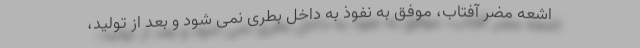
اشعه مضر آفتاب، موفق به نفوذ به داخل بطری نمی شود و بعد از تولید،